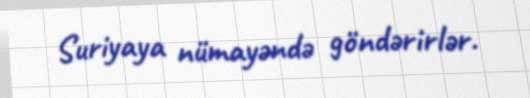
Suriyaya nümayəndə göndərirlər.